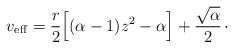
LaTeX: \begin{align*}v_{\rm eff} = {r\over 2} \Bigl[ (\alpha -1)z^{2} - \alpha\Bigr] + {\sqrt{\alpha}\over 2}\, \cdotp\end{align*}